Civil Veterinary Department Bengal reports 1923-33 - 1923-1933
Year: 1923
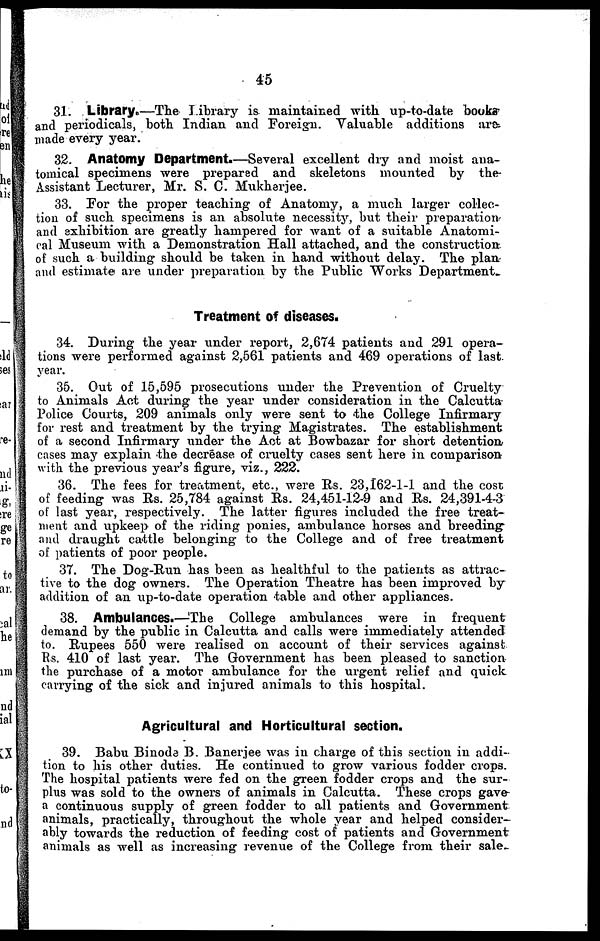
45
31. Library.—The library is maintained with up-to-date books
and periodicals, both Indian and Foreign. Valuable additions are
made every year.
32. Anatomy Department.—Several excellent dry and moist ana-
tomical specimens were prepared and skeletons mounted by the
Assistant Lecturer, Mr. S. C. Mukherjee.
33. For the proper teaching of Anatomy, a much larger collec-
tion of such specimens is an absolute necessity, but their preparation
and exhibition are greatly hampered for want of a suitable Anatomi-
cal Museum with a Demonstration Hall attached, and the construction
of such a building should be taken in hand without delay. The plan
and estimate are under preparation by the Public Works Department
Treatment of diseases.
34. During the year under report, 2,674 patients and 291 opera-
tions were performed against 2,561 patients and 469 operations of last
year.
35. Out of 15,595 prosecutions under the Prevention of Cruelty
to Animals Act during the year under consideration in the Calcutta
Police Courts, 209 animals only were sent to the College Infirmary
for rest and treatment by the trying Magistrates. The establishment
of a second Infirmary under the Act at Bowbazar for short detention
cases may explain the decrease of cruelty cases sent here in comparison
with the previous year's figure, viz., 222.
36. The fees for treatment, etc., were Rs. 23,162-1-1 and the cost
of feeding was Rs. 25,784 against Rs. 24,451-12-9 and Rs. 24,391-4-3
of last year, respectively. The latter figures included the free treat-
ment and upkeep of the riding ponies, ambulance horses and breeding
and draught cattle belonging to the College and of free treatment
of patients of poor people.
37. The Dog-Run has been as healthful to the patients as attrac-
tive to the dog owners. The Operation Theatre has been improved by
addition of an up-to-date operation table and other appliances.
38. Ambulances.—The College ambulances were in frequent
demand by the public in Calcutta and calls were immediately attended
to. Rupees 550 were realised on account of their services against
Rs. 410 of last year. The Government has been pleased to sanction
the purchase of a motor ambulance for the urgent relief and quick
carrying of the sick and injured animals to this hospital.
Agricultural and Horticultural section.
39. Babu Binoda B. Banerjee was in charge of this section in addi-
tion to his other duties. He continued to grow various fodder crops.
The hospital patients were fed on the green fodder crops and the sur-
plus was sold to the owners of animals in Calcutta. These crops gave-
a continuous supply of green fodder to all patients and Government
animals, practically, throughout the whole year and helped consider-
ably towards the reduction of feeding cost of patients and Government
animals as well as increasing revenue of the College from their sale.